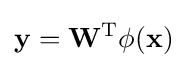
\mathbf {y} =\mathbf {W} ^{\text{T}}\phi (\mathbf {x} )